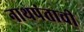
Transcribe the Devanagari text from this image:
नाथपंताची